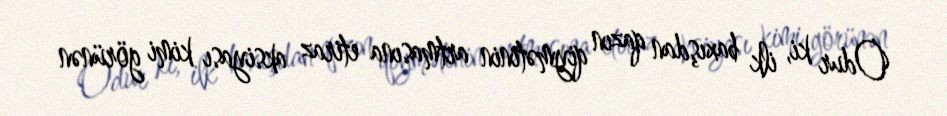
Odur ki, ilk baxışdan qazın qiymətinin artmasına etiraz aksiyası kimi görünən